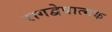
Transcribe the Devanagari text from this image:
रागद्वेषात्मक